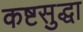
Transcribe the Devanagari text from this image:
कष्टसुद्धा